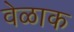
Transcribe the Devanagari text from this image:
वेळाक